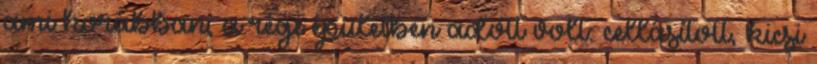
ami korábban, a régi épületben adott volt: cellásított, kicsi